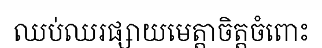
ឈប់ឈរផ្សាយមេត្តាចិត្តចំពោះ